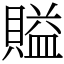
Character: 賹